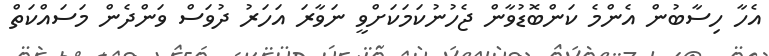
އެހާ ހިސާބުން އެންމެ ކަންބޮޑުވާން ޖެހުނުކަމަކަށްވީ ނަވާރަ އަހަރު ދުވަސް ވަންދެން މަސައްކަތް